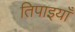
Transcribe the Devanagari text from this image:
तिपाइयाँ